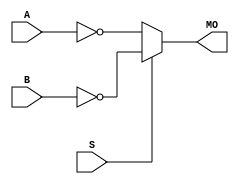
module cycloneiv_nmux21 (MO, A, B, S);
   input A, B, S; 
   output MO; 
   assign MO = (S == 1) ? ~B : ~A; 
endmodule